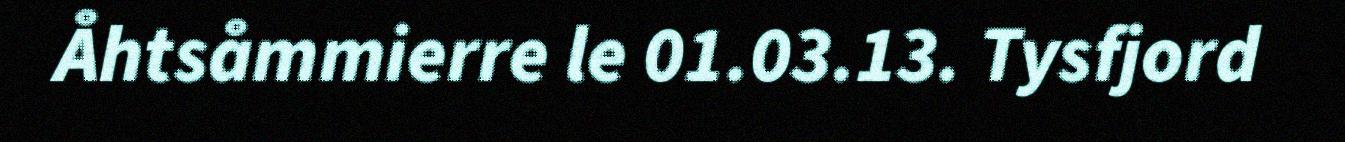
Åhtsåmmierre le 01.03.13. Tysfjord